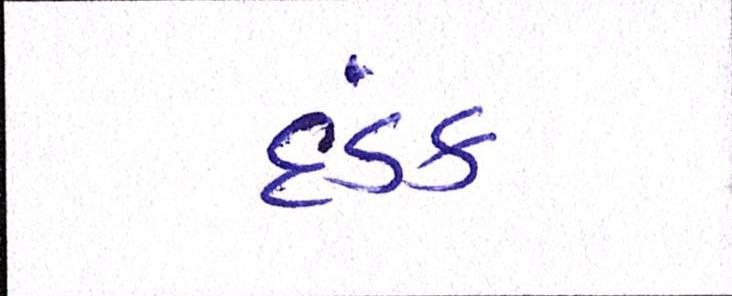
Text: દંડક